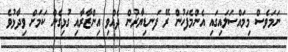
ނަމަވެސް މިމައްސަލައިގައި އެންމެފަހުން ރޭ ފަނޑިޔާރުން ދެއްވި އިންޒާރާއި ގުޅިގެން ކަަމަށް ވިދާޅުވެ